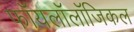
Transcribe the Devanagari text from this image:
फॉयलॉलॉजिकल